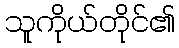
သူကိုယ်တိုင်၏